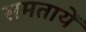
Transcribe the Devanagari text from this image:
समतायें